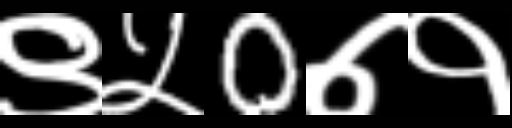
Text: ९५0७१